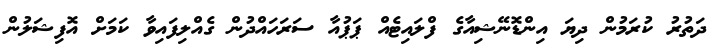
ދަތުރު ކުރަމުން ދިޔަ އިންޑޮނޭޝިއާގެ ފްލައިޓެއް ޕަޕުއާ ސަރަހައްދުން ގެއްލިފައިވާ ކަމަށް އޮފިޝަލުން